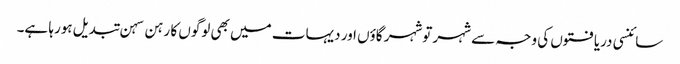
سائنسی دریافتوں کی وجہ سے شہر توشہر گاؤں اور دیہات میں بھی لوگوں کا رہن سہن تبدیل ہورہا ہے۔